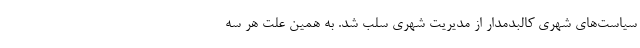
سیاست‌های شهری کالبد‌مدار از مدیریت شهری سلب شد. به همین علت هر سه